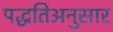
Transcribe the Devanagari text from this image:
पद्धतिअनुसार